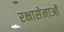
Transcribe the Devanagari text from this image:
रक्षासेनाओं